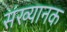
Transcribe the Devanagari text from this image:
संख्यानक